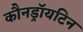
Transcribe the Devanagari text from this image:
कौनड्रॉयटिन